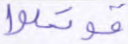
قوتلوا